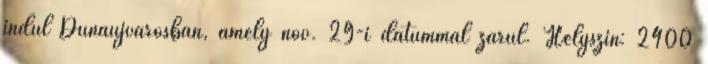
indul Dunaújvárosban, amely nov. 29-i dátummal zárul. Helyszín: 2400